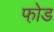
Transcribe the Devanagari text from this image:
फो़ड